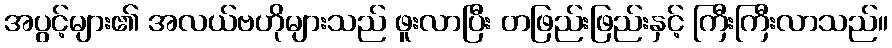
အပွင့်များ၏ အလယ်ဗဟိုများသည် ဖူးလာပြီး တဖြည်းဖြည်းနှင့် ကြီးကြီးလာသည်။